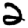
Digit: 2